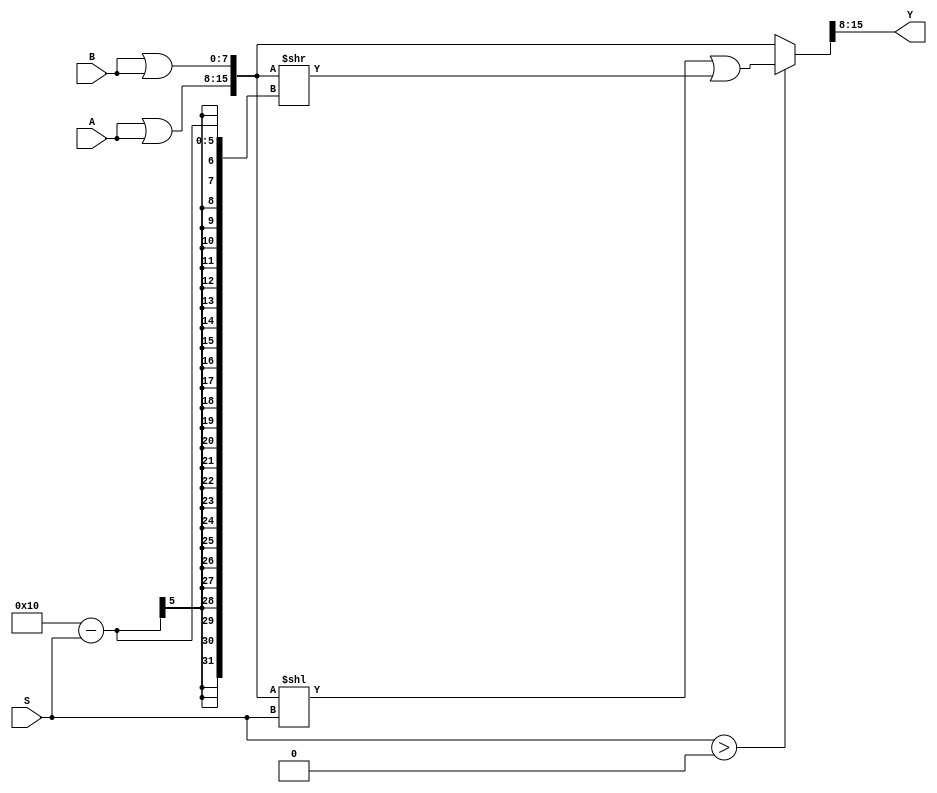
//------------------------------------------------------
// Copyright 1992, 1993 Cascade Design Automation Corporation.
//------------------------------------------------------
module barrelfun(A,B,S,Y);
  parameter N = 8;
  parameter M = 3;
  parameter DPFLAG = 1;
  parameter GROUP = "dpath1";
  parameter
        d_A = 0,
        d_B = 0,
        d_S = 0,
        d_Y = 1;
  input [(N - 1):0] A;
  input [(N - 1):0] B;
  input [(M - 1):0] S;
  output [(N - 1):0] Y;
  wire [(N - 1):0] A_temp;
  wire [(N - 1):0] B_temp;
  wire [(M - 1):0] S_temp;
  reg [(N - 1):0] Y_temp;
  reg [((2 * N) - 1):0] temp;
  reg [((2 * N) - 1):0] temp0;
  reg [((2 * N) - 1):0] temp1;
  reg [((2 * N) - 1):0] temp2;
  assign #(d_A) A_temp = A|A;
  assign #(d_B) B_temp = B|B;
  assign #(d_S) S_temp = S;
  assign #(d_Y) Y = Y_temp;
  always
    @(A_temp or B_temp or S_temp)
      begin
      temp = {A_temp,B_temp};
      temp0 = (temp << S_temp);
      temp1 = (temp >> ((2 * N) - S_temp));
      if((S_temp > 0))
        temp2 = (temp0 | temp1);
      else
        temp2 = temp;
      Y_temp = temp2[((2 * N) - 1):N];
      end
endmodule